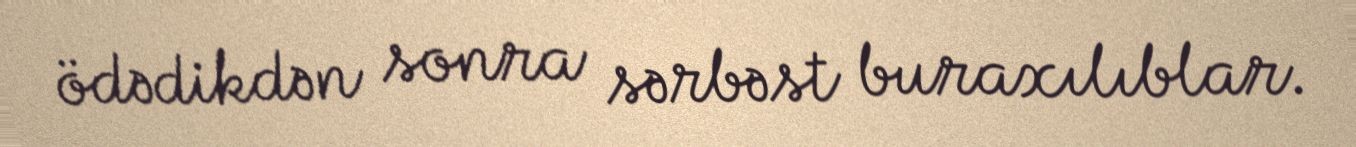
ödədikdən sonra sərbəst buraxılıblar.